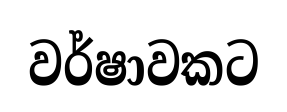
වර්ෂාවකට